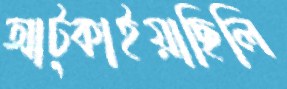
আট্‌কাইয়াছিলি